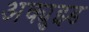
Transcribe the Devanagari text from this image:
अक्युझ्ड